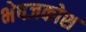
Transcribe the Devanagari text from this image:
भेषजकोश